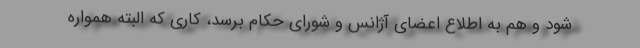
شود و هم به اطلاع اعضای آژانس و شورای حکام برسد، کاری که البته همواره